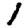
Digit: 1